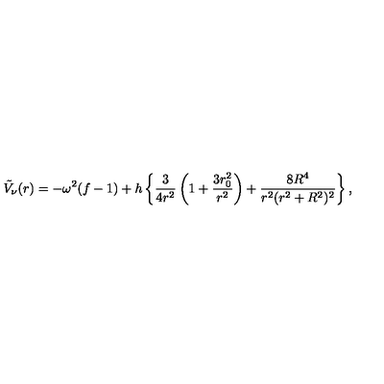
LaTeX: \tilde { V } _ { \nu } ( r ) = - \omega ^ { 2 } ( f - 1 ) + h \left\{ { \frac { 3 } { 4 r ^ { 2 } } } \left( 1 + { \frac { 3 r _ { 0 } ^ { 2 } } { r ^ { 2 } } } \right) + { \frac { 8 R ^ { 4 } } { r ^ { 2 } ( r ^ { 2 } + R ^ { 2 } ) ^ { 2 } } } \right\} ,